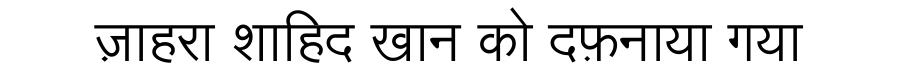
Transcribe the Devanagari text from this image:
ज़ाहरा शाहिद खान को दफ़नाया गया